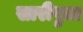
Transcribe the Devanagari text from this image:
सारीपुत्त